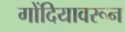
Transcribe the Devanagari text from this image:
गोंदियावरून